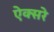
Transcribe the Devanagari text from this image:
ऐक्सरे